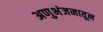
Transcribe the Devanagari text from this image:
अणुभंजनातून